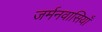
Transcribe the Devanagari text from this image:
जर्मनवासियाँ